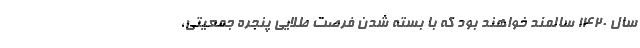
سال ۱۴۲۰ سالمند خواهند بود که با بسته شدن فرصت طلایی پنجره جمعیتی،